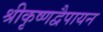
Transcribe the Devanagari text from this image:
श्रीकृष्णद्वैपायन